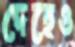
দেহেও